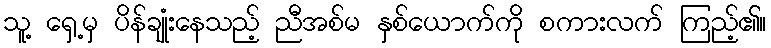
သူ့ ရှေ့မှ ပိန်ချုံးနေသည့် ညီအစ်မ နှစ်ယောက်ကို စကားလက် ကြည့်၏။